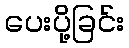
ပေးပို့ခြင်း